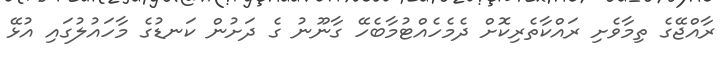
ރާއްޖޭގެ ތިމާވެށި ރައްކާތެރިކޮށް ދެމެހެއްޓުމާބެހޭ ގާނޫނު ގެ ދަށުން ކަނޑުގެ މާހައުލުގައި އުޅޭ